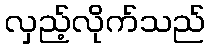
လှည့်လိုက်သည်